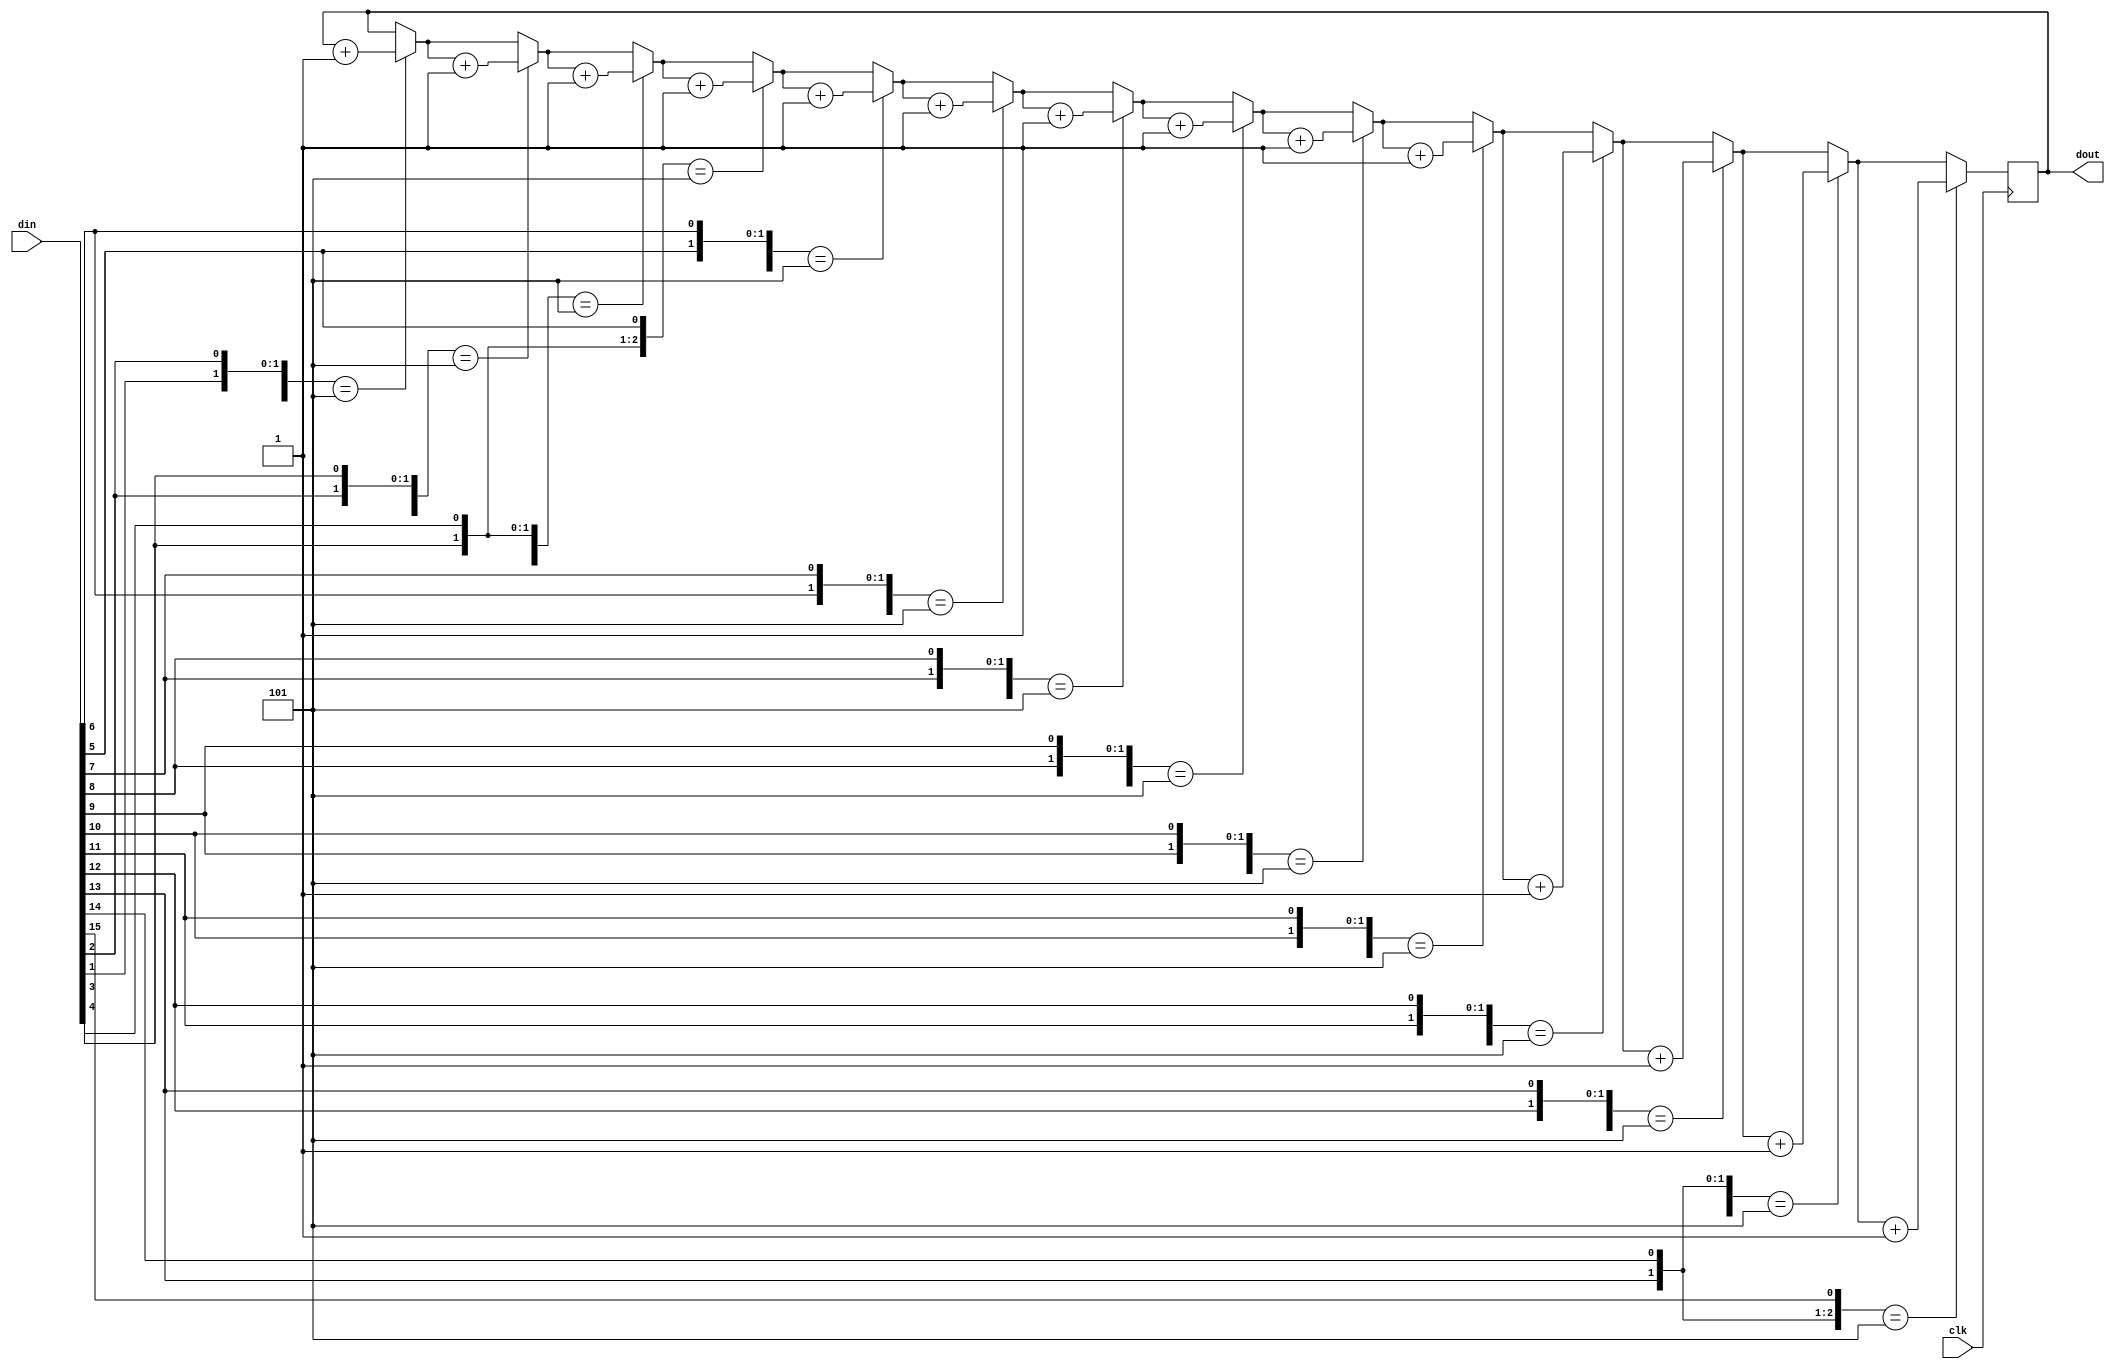
module seq(clk,din,dout);
input clk;
input [15:0]din;
output reg [2:0]dout=3'b000;
integer i;

	always@(posedge clk)
	begin
		for(i=0;i<14;i=i+1)
		begin
			if({din[i],din[i+1],din[i+2]}==3'b101)
			begin
				dout=dout+1'b1;
			end
		end
	end	
	
endmodule

module tb;

	reg clk;
	reg [15:0]din;
	wire [2:0]dout;

seq DUT(clk,din,dout);

initial clk=0;
always #5 clk=~clk;

initial
begin
din=16'b1010000000000101;
#5 din=16'b1011011011010101;
#5 din=16'd0;
end

initial
begin
	$monitor("clk=%b,dout=%b",clk,dout);
	#100 $finish;
end

endmodule